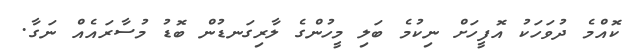
ކޮއްމެ ދުވަހަކު އޮފީހަށް ނިކުމެ ބަލި މީހުންގެ ލާރިގަނޑުން ބޮޑު މުސާރައެއް ނަގާ.